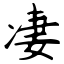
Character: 凄